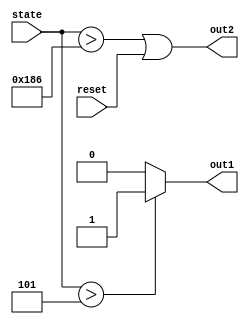
/*
 * Copyright (c) 2001 Uwe Bonnes
 *
 *    This source code is free software; you can redistribute it
 *    and/or modify it in source code form under the terms of the GNU
 *    General Public License as published by the Free Software
 *    Foundation; either version 2 of the License, or (at your option)
 *    any later version.
 *
 *    This program is distributed in the hope that it will be useful,
 *    but WITHOUT ANY WARRANTY; without even the implied warranty of
 *    MERCHANTABILITY or FITNESS FOR A PARTICULAR PURPOSE.  See the
 *    GNU General Public License for more details.
 *
 *    You should have received a copy of the GNU General Public License
 *    along with this program; if not, write to the Free Software
 *    Foundation, Inc., 59 Temple Place - Suite 330, Boston, MA 02111-1307, USA
 */
`define ADC_DATA_OFFSET 5
`define ADC_CHANELS 8*48
//`define ADC_CHANELS 348

module mymod (out1,out2,state,reset);

   input [8:0] state;
   input       reset;
   output      out1,out2;
   assign out1 = (state > `ADC_DATA_OFFSET) ? 1 : 0;
   assign out2 = (state > `ADC_CHANELS + `ADC_DATA_OFFSET +1)|| (reset);

endmodule // mymod

module t;
   reg [8:0] state;
   reg       reset;
   wire      out1,out2;

   mymod m1 (out1,out2,state,reset);

   initial
     begin
        //$timeformat(-9,0,"ns",5);
        $display("   TIME:state:out1:out2");
        $monitor("%7t:%5d:%3d:%3d",$time,state,out1,out2);
        state =0;
        reset = 0;
        #10
          reset=1;
        #20
          reset=0;
        #5110
          $finish;
     end
   always
     begin
        #10
          if (reset)
            state = 0;
          else
            state=state+1;
     end
endmodule // t